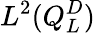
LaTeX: L^{2}(Q_{L}^{D})